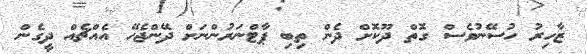
ޒާހިރު ހުސޭނުވެސް ގޮތް ދޫކޮށް ދެން ތިބި ޕާޓްނަރުންނަށް ދޭންޖެހޭ އެއްޗެއް ދީގެން